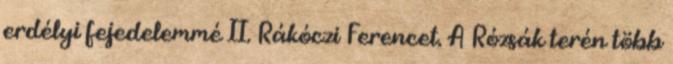
erdélyi fejedelemmé II. Rákóczi Ferencet. A Rózsák terén több